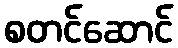
စတင်ဆောင်